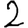
Digit: 2